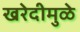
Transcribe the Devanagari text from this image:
खरेदीमुळे